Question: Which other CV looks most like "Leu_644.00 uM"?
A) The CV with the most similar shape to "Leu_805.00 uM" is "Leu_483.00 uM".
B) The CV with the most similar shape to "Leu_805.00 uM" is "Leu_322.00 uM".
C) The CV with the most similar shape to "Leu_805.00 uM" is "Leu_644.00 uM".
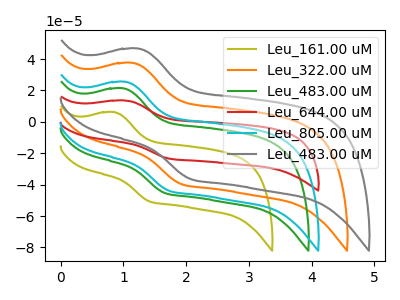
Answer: <think>The olive curve "Leu_161.00 uM" has an anodic peak at (0.85V, 6.20uA) and a cathodic peak at (1.40V, -50.70uA). The orange curve "Leu_322.00 uM" has an anodic peak at (1.15V, 37.50uA) and a cathodic peak at (1.90V, -39.55uA). The green curve "Leu_483.00 uM" has an anodic peak at (1.00V, 21.35uA) and a cathodic peak at (1.65V, -45.30uA). The red curve "Leu_644.00 uM" has an anodic peak at (1.05V, 13.60uA) and a cathodic peak at (1.75V, -23.40uA). The cyan curve "Leu_805.00 uM" has an anodic peak at (1.05V, 25.45uA) and a cathodic peak at (1.75V, -43.85uA). The gray curve "Leu_483.00 uM" has an anodic peak at (1.25V, 46.65uA) and a cathodic peak at (2.05V, -36.35uA).
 "Leu_161.00 uM" and "Leu_322.00 uM" have at least one peak that do not match. "Leu_161.00 uM" and "Leu_483.00 uM" have at least one peak that do not match. "Leu_161.00 uM" and "Leu_644.00 uM" have at least one peak that do not match. "Leu_161.00 uM" and "Leu_805.00 uM" have at least one peak that do not match. "Leu_161.00 uM" and "Leu_483.00 uM" have at least one peak that do not match. "Leu_322.00 uM" and "Leu_483.00 uM" have at least one peak that do not match. "Leu_322.00 uM" and "Leu_644.00 uM" have at least one peak that do not match. "Leu_322.00 uM" and "Leu_805.00 uM" have at least one peak that do not match. "Leu_322.00 uM" and "Leu_483.00 uM" have at least one peak that do not match. "Leu_483.00 uM" and "Leu_644.00 uM" have at least one peak that do not match. "Leu_483.00 uM" and "Leu_805.00 uM" have at least one peak that do not match. "Leu_483.00 uM" and "Leu_483.00 uM" have at least one peak that do not match. All the peaks in "Leu_644.00 uM" have a peak in "Leu_805.00 uM" at the same potential. Every peak in "Leu_644.00 uM" is lower than every peak in "Leu_805.00 uM". "Leu_644.00 uM" and "Leu_483.00 uM" have at least one peak that do not match. "Leu_805.00 uM" and "Leu_483.00 uM" have at least one peak that do not match.</think>
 <answer>C) The CV with the most similar shape to "Leu_805.00 uM" is "Leu_644.00 uM".</answer>
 <eval>C</eval>